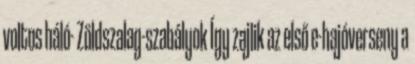
voltos háló- Zöldszalag-szabályok Így zajlik az első e-hajóverseny a